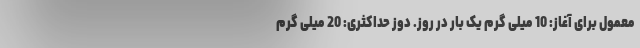
معمول برای آغاز: 10 میلی گرم یک بار در روز. دوز حداکثری: 20 میلی گرم